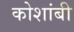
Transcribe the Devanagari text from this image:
कोशांबी